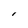
Character: I